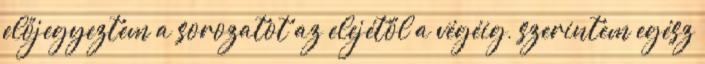
előjegyeztem a sorozatot az elejétől a végéig, szerintem egész